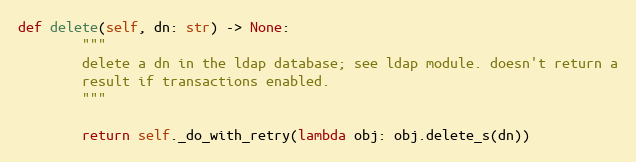
Language: Python
def delete(self, dn: str) -> None:
        """
        delete a dn in the ldap database; see ldap module. doesn't return a
        result if transactions enabled.
        """

        return self._do_with_retry(lambda obj: obj.delete_s(dn))